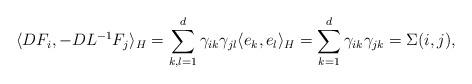
LaTeX: \begin{align*}\langle DF_i,-DL^{-1}F_j\rangle_H=\sum_{k,l=1}^d\gamma_{ik}\gamma_{jl}\langle e_k,e_l\rangle_H=\sum_{k=1}^d\gamma_{ik}\gamma_{jk}=\Sigma(i,j),\end{align*}